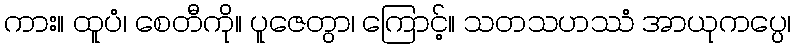
ကား။ ထူပံ၊ စေတီကို။ ပူဇေတွာ၊ ကြောင့်။ သတသဟဿံ အာယုကပ္ပေ၊